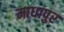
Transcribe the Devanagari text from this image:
माधापुर